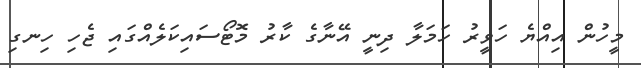
މީހުން އިއްޔެ ހަވީރު ހަމަލާ ދިނީ އޭނާގެ ކާރު މޮޓޯސައިކަލެއްގައި ޖެހި ހިނގި